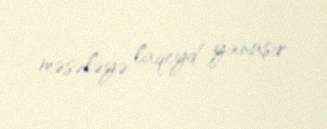
məsələyə laqeyd yanaşır.